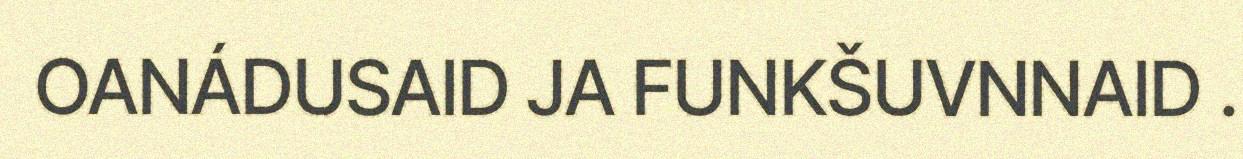
OANÁDUSAID JA FUNKŠUVNNAID .